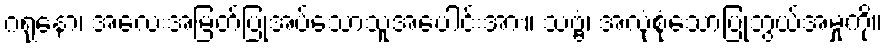
ဂရုနော၊ အလေးအမြတ်ပြုအပ်သောသူအပေါင်းအား။ သဗ္ဗံ၊ အလုံစုံသောပြုဘွယ်အမှုကို။